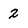
Character: 2